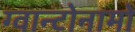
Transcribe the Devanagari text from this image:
ग्वान्टोनामो